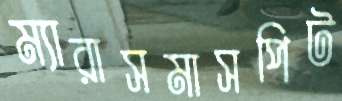
ম্যারাসমাসপিট